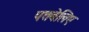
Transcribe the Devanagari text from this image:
पत्तबेलिए